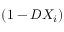
( 1 - D X _ { i } )